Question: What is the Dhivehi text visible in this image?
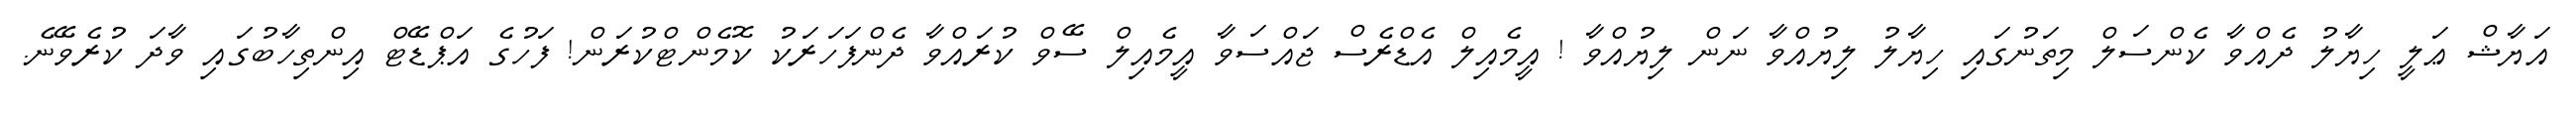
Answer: އަޔާޝް ޢަލީ ހިޔާލު ދެއްވާ ކެންސަލް މިތަނުގައި ހިޔާލު ލިޔުއްވާ ނަން ލިޔުއްވާ ! އީމެއިލް އެޑްރެސް ޖައްސަވާ އީމެއިލް ސޭވް ކުރައްވާ ދެންފަހަރަކު ކޮމެންޓްކުރަން! ފަހުގެ އަޕްޑޭޓް އިންތިހާބުގައި ވާދަ ކުރެވޭނެ.